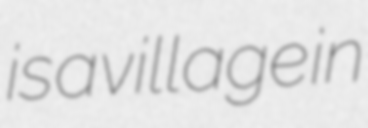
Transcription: is a village in